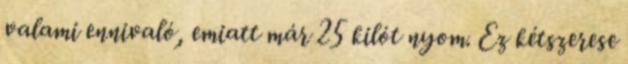
valami ennivaló, emiatt már 25 kilót nyom. Ez kétszerese